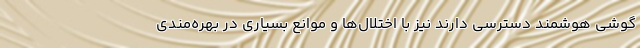
گوشی هوشمند دسترسی دارند نیز با اختلال‌ها و موانع بسیاری در بهره‌مندی